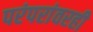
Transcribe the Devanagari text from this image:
परंपरांवरही